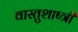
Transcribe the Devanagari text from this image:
वास्तुशाष्त्री